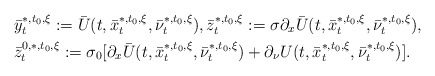
\begin{align*}\begin{aligned}&\bar y_t^{*,t_0,\xi}:=\bar U(t,\bar x_t^{*,t_0,\xi}, \bar \nu_t^{*,t_0,\xi}),\bar z_t^{*,t_0,\xi}:=\sigma\partial_x\bar U(t,\bar x_t^{*,t_0,\xi},\bar \nu_t^{*,t_0,\xi}),\\& \bar z_t^{0,*,t_0,\xi}:=\sigma_0[\partial_x\bar U(t,\bar x_t^{*,t_0,\xi},\bar\nu_t^{*,t_0,\xi})+\partial_\nu U(t,\bar x_t^{*,t_0,\xi},\bar\nu_t^{*,t_0,\xi})]. \end{aligned}\end{align*}